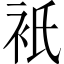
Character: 衹